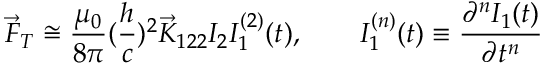
\vec { F } _ { T } \cong \frac { \mu _ { 0 } } { 8 \pi } ( \frac { h } { c } ) ^ { 2 } \vec { K } _ { 1 2 2 } I _ { 2 } I _ { 1 } ^ { ( 2 ) } ( t ) , \qquad I _ { 1 } ^ { ( n ) } ( t ) \equiv \frac { \partial ^ { n } I _ { 1 } ( t ) } { \partial t ^ { n } }